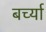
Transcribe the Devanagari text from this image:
बर्च्या